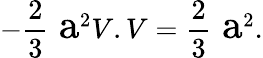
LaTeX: -\frac{2}{3}\mathrm{\Large~a}^{2}V.V=\frac{2}{3}\mathrm{\Large~a}^{2}.